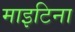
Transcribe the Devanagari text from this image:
माइटिना